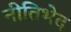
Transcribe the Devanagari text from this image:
नीतिभेद